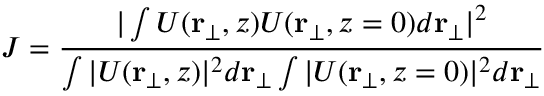
J = \frac { | \int U ( \mathbf { r _ { \bot } } , { z } ) U ( \mathbf { r _ { \bot } } , { z } = 0 ) d \mathbf { r } _ { \bot } | ^ { 2 } } { \int | U ( \mathbf { r _ { \bot } } , { z } ) | ^ { 2 } d \mathbf { r } _ { \bot } \int | U ( \mathbf { r _ { \bot } } , { z } = 0 ) | ^ { 2 } d \mathbf { r } _ { \bot } }